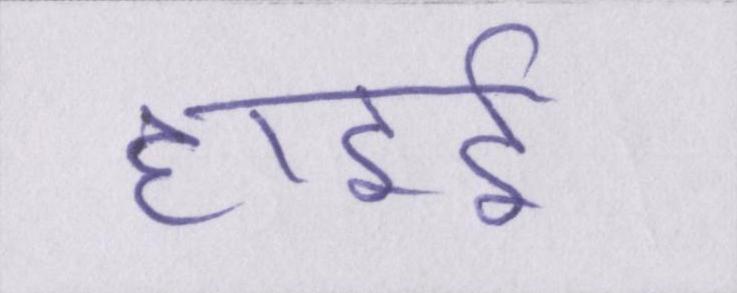
हाइडी